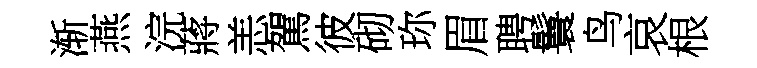
渐燕浣蔣恙駕彼砌珎眉聘鬟鸟哀根